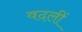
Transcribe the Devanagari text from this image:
वदलीं